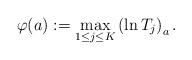
LaTeX: \begin{align*}\varphi(a)&:=\max_{1\leq j\leq K}\left(\ln T_j\right)_a. \end{align*}